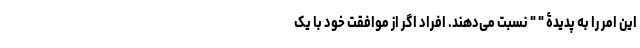
این امر را به پدیدۀ " " نسبت می‌دهند. افراد اگر از موافقت خود با یک